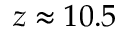
z \approx 1 0 . 5